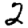
Digit: 2